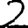
Digit: 2